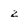
Character: z